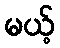
မယ့်